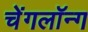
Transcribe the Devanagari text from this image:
चेंगलॉन्ग